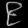
Digit: ၉